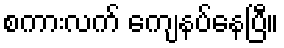
စကားလက် ကျေနပ်နေပြီ။